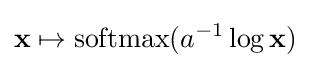
\mathbf {x} \mapsto \operatorname {softmax} (a^{-1}\log \mathbf {x} )